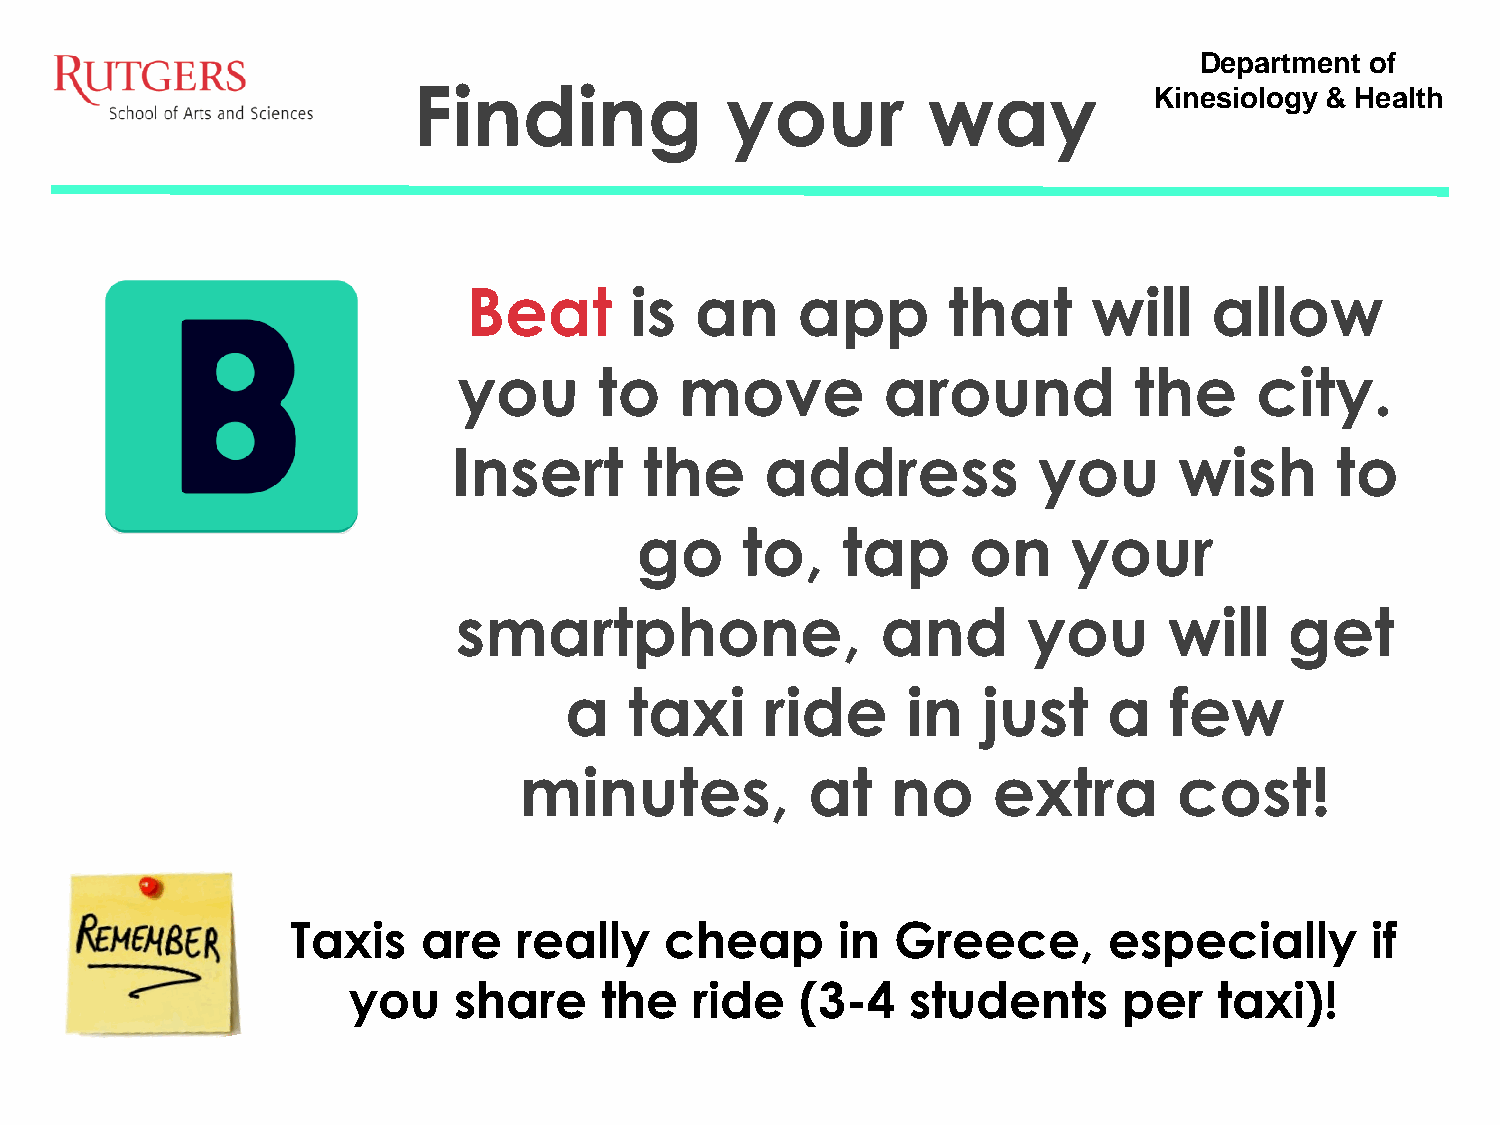
Department  of
 Finding              your         way            Kinesiology & Health
 Beat       is  an     app       that     will    allow
 you       to   move         around           the     city.
 Insert       the     address           you      wish      to
 go     to,    tap     on     your
 smartphone,                 and       you      will    get
 a    taxi     ride     in   just    a   few
 minutes,            at   no     extra       cost!
 Taxis    are   really    cheap      in  Greece,       especially        if
 you    share     the   ride   (3-4   students      per    taxi)!